Statistics compiled by the Government of India from the reports of provincial Civil Veterinary Departments
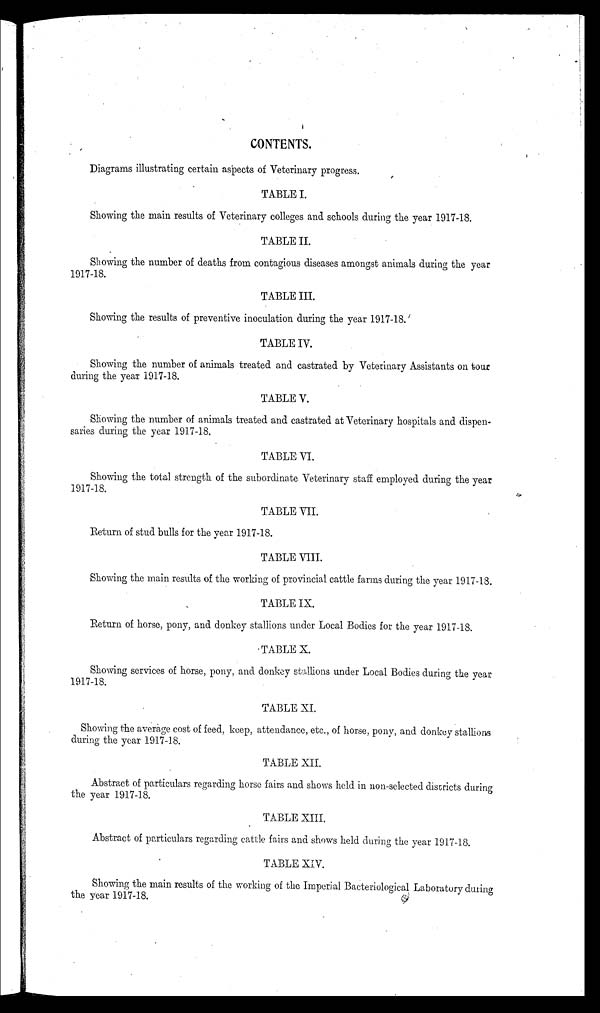
CONTENTS.
Diagrams illustrating certain aspects of Veterinary progress.
TABLE I.
Showing the main results of Veterinary colleges and schools during the year 1917-18.
TABLE II.
Showing the number of deaths from contagious diseases amongst animals during the year
1917-18.
TABLE III.
Showing the results of preventive inoculation during the year 1917-18.
TABLE IV.
Showing the number of animals treated and castrated by Veterinary Assistants on tour
during the year 1917-18.
TABLE V.
Showing the number of animals treated and castrated at Veterinary hospitals and dispen-
saries during the year 1917-18.
TABLE VI.
Showing the total strength of the subordinate Veterinary staff employed during the year
1917-18.
TABLE VII.
Return of stud bulls for the year 1917-18.
TABLE VIII.
Showing the main results of the working of provincial cattle farms during the year 1917-18.
TABLE IX.
Return of horse, pony, and donkey stallions under Local Bodies for the year 1917-18.
TABLE X.
Showing services of horse, pony, and donkey stallions under Local Bodies during the year
1917-18.
TABLE XI.
Showing the average cost of feed, keep, attendance, etc., of horse, pony, and donkey stallions
during the year 1917-18.
TABLE XII.
Abstract of particulars regarding horse fairs and shows held in non-selected districts during
the year 1917-18.
TABLE XIII.
Abstract of particulars regarding cattle fairs and shows held during the year 1917-18.
TABLE XIV.
Showing the main results of the working of the Imperial Bacteriological Laboratory during
the year 1917-18.